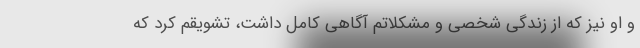
و او نیز که از زندگی شخصی و مشکلاتم آگاهی کامل داشت، تشویقم کرد که